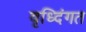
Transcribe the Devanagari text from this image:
वृध्दिंगत